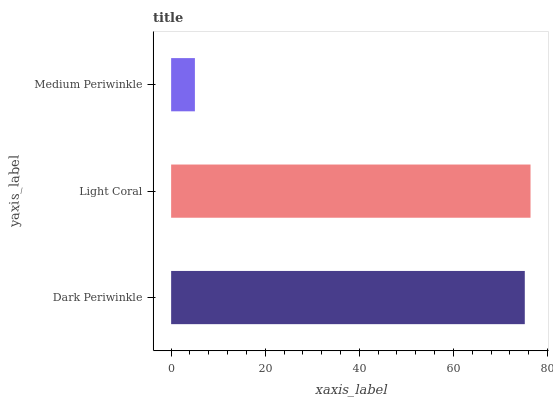
| yaxis_label | bars |
 | --- | --- |
 | Dark Periwinkle | 75.2 |
 | Light Coral | 76.4 |
 | Medium Periwinkle | 5.05 |